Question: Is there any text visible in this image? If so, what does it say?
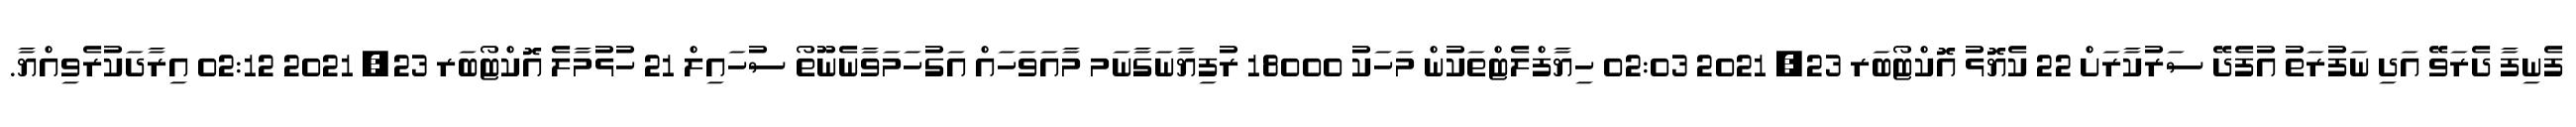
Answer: ފެނިފާ ދެރަވޭ އަދި ނަފުރަތު އުފެދޭ ސަރުކާރަށް 22 ކެޔޮޅު އޮކްޓޯބަރ 23, 2021 02:03 ހިޔާފްލެޓްތަކުން މަހަކު 18000 ރުފިޔާނަގާނަމ މާއަވަހައް އަގުހަމަވާނެނޫތޯ ސުހައިލް 21 ހުޅުމާލެ އޮކްޓޯބަރ 23, 2021 02:12 އިރާދަކުރެވިއްޔާ.